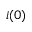
i ( 0 )